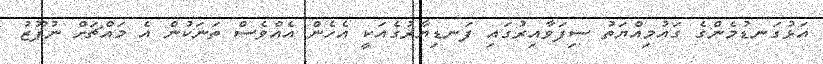
އަޅުގަނޑުމެންގެ ގައުމިއްޔަތު ސިފަވާއިރުގައި ފަނޑިޔާރުގެއަކީ އެހެން އެއްވެސް ތަނަކުން އެ މައްޗަށް ނުފޫޒު